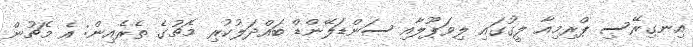
އިނގިރޭސި ޕްރިމިއާ ލީގުގައި ލިވަޕޫލާއި ސަންޑަލޭންޑް ބައްދަލުކުރި މެޗުގެ ތެރެއިން: އެ މެޗުން